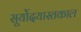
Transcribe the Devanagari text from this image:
सूर्योदयास्तकाल